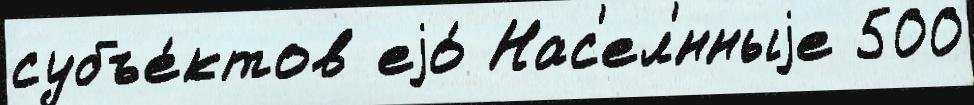
субъе́ктов еjо́ Нас'ел'́нныjе 500